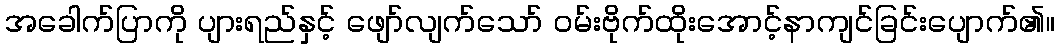
အခေါက်ပြာကို ပျားရည်နှင့် ဖျော်လျက်သော် ဝမ်းဗိုက်ထိုးအောင့်နာကျင်ခြင်းပျောက်၏။